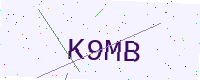
Text: K9MB